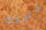
ديريك